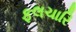
ફલચારિ